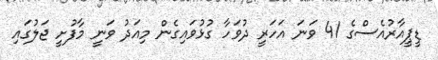
ޑީޕީއާރުއެސްގެ 41 ވަނަ އަހަރީ ދުވަހާ ގުޅުވައިގެން މިއަދު ވަނީ މާފުށީ ޖަލުގައި